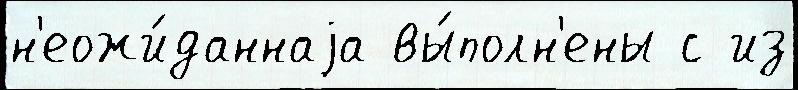
н'еожи́даннаjа вы́полн'ены с из